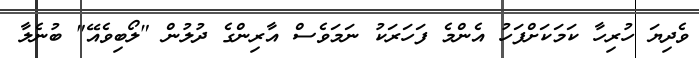
ވެދިޔަ ހުރިހާ ކަމަކަށްފަހު އެންމެ ފަހަރަކު ނަމަވެސް އާރިންގެ ދުލުން "ލޯބިވެއޭ" ބުނެލާ